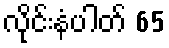
လိုင်းနံပါတ် 65